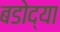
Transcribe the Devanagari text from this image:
बडोद्या